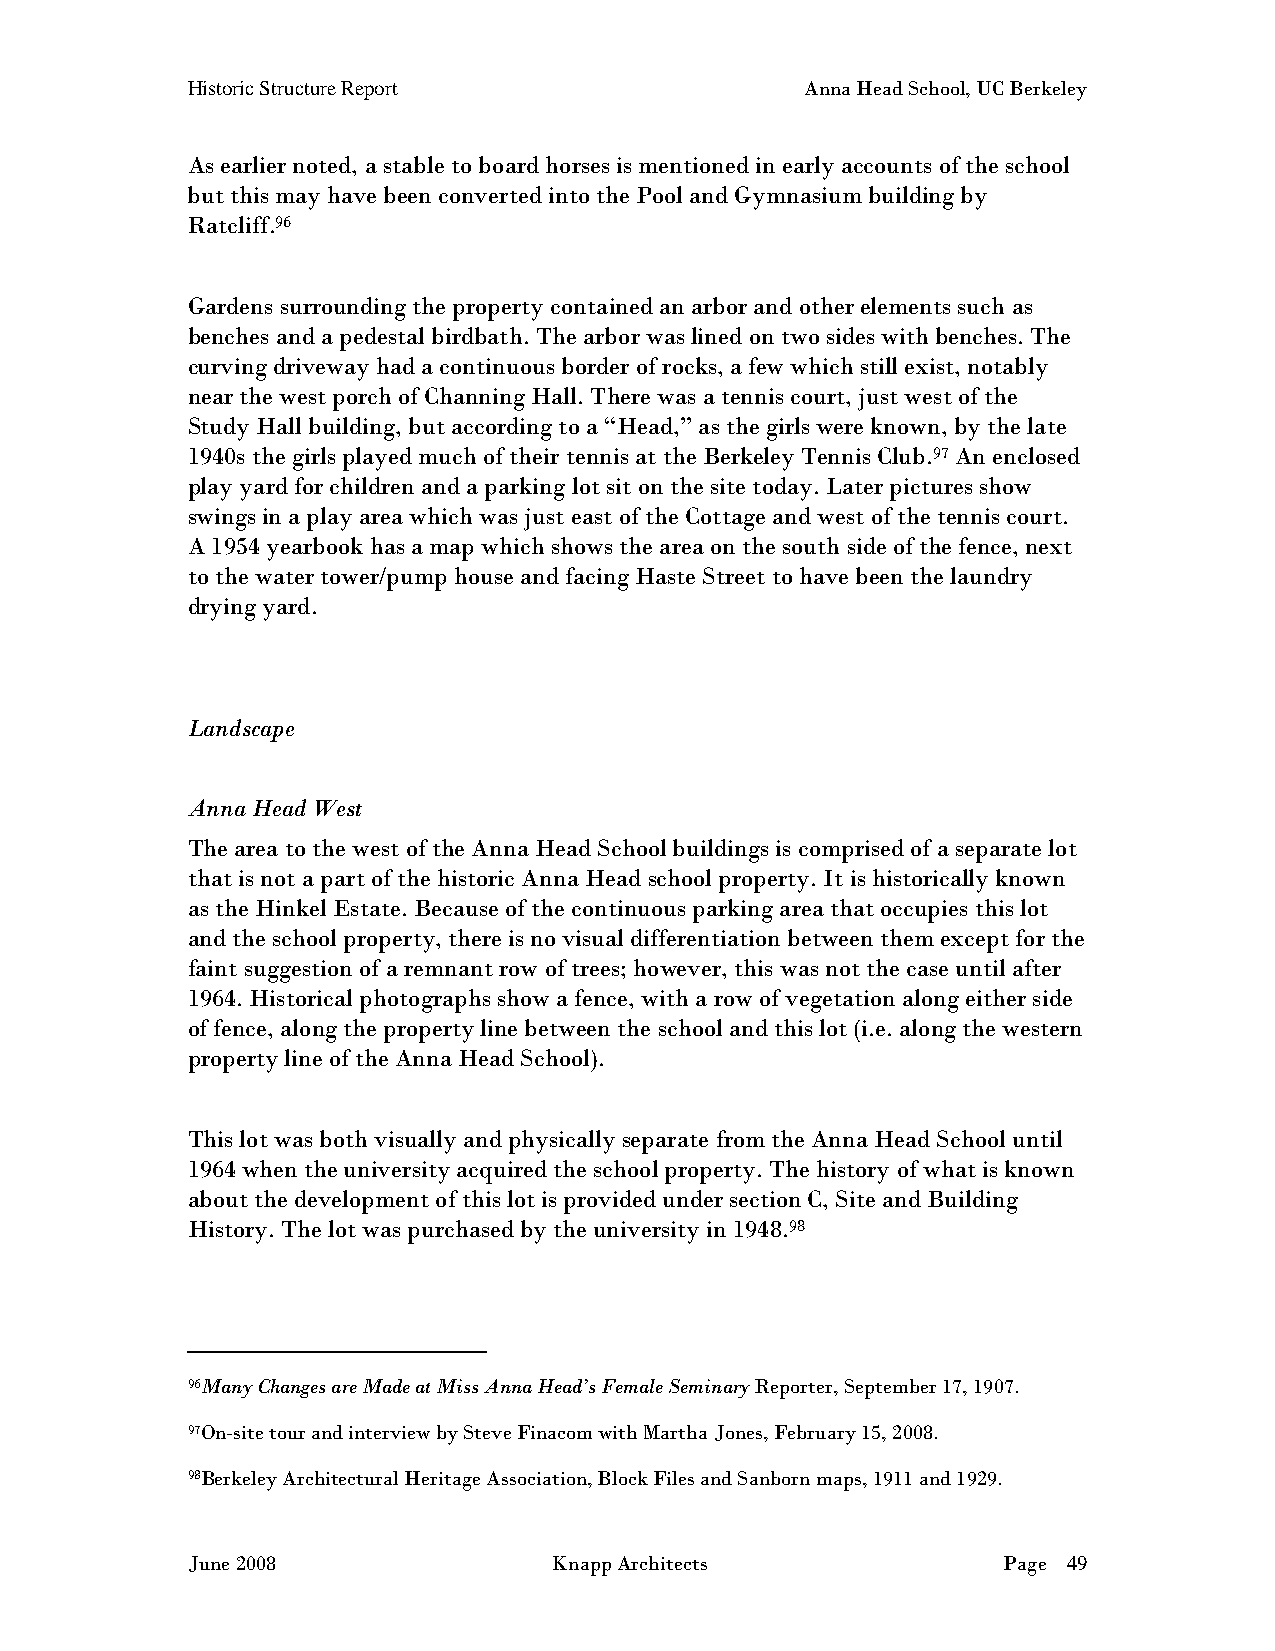
Historic Structure Report                Anna Head School, UC Berkeley
 As earlier noted, a stable to board horses is mentioned in early accounts of the school
 but this may have been converted into the Pool and Gymnasium building by
 Ratcliff.96
 Gardens surrounding the property contained an arbor and other elements such as
 benches and a pedestal birdbath. The arbor was lined on two sides with benches. The
 curving driveway had a continuous border of rocks, a few which still exist, notably
 near the west porch of Channing Hall. There was a tennis court, just west of the
 Study Hall building, but according to a “Head,” as the girls were known, by the late
 1940s the girls played much of their tennis at the Berkeley Tennis Club.97 An enclosed
 play yard for children and a parking lot sit on the site today. Later pictures show
 swings in a play area which was just east of the Cottage and west of the tennis court.
 A 1954 yearbook has a map which shows the area on the south side of the fence, next
 to the water tower/pump house and facing Haste Street to have been the laundry
 drying yard.
 Landscape
 Anna Head West
 The area to the west of the Anna Head School buildings is comprised of a separate lot
 that is not a part of the historic Anna Head school property. It is historically known
 as the Hinkel Estate. Because of the continuous parking area that occupies this lot
 and the school property, there is no visual differentiation between them except for the
 faint suggestion of a remnant row of trees; however, this was not the case until after
 1964. Historical photographs show a fence, with a row of vegetation along either side
 of fence, along the property line between the school and this lot (i.e. along the western
 property line of the Anna Head School).
 This lot was both visually and physically separate from the Anna Head School until
 1964 when the university acquired the school property. The history of what is known
 about the development of this lot is provided under section C, Site and Building
 History. The lot was purchased by the university in 1948.98
 96Many Changes are Made at Miss Anna Head’s Female Seminary Reporter, September 17, 1907.
 97On-site tour and interview by Steve Finacom with Martha Jones, February 15, 2008.
 98Berkeley Architectural Heritage Association, Block Files and Sanborn maps, 1911 and 1929.
 June 2008                Knapp Architects             Page 49